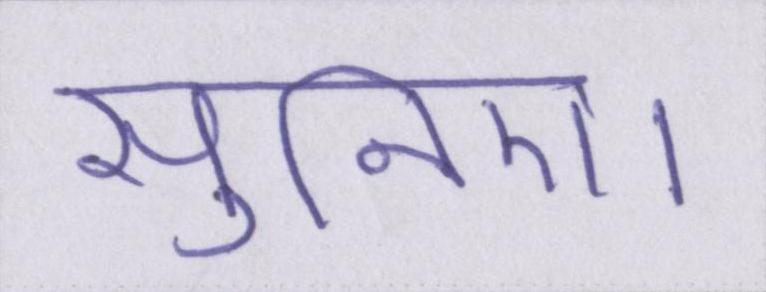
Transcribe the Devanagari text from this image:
सुनिए।